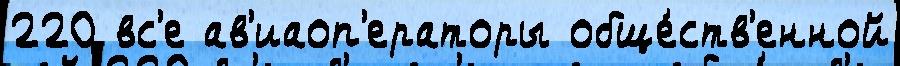
220 вс'е ав'иаоп'ераторы обще́ств'енной